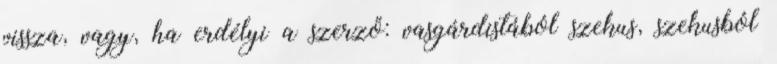
vissza, vagy, ha erdélyi a szerző: vasgárdistából szekus, szekusból